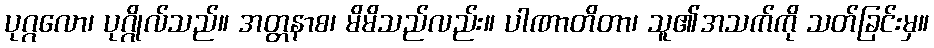
ပုဂ္ဂလော၊ ပုဂ္ဂိုလ်သည်။ အတ္တနာစ၊ မိမိသည်လည်း။ ပါဏာတိတာ၊ သူ၏အသက်ကို သတ်ခြင်းမှ။